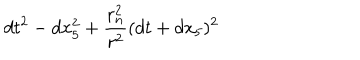
d t ^ { 2 } - d x _ { 5 } ^ { 2 } + { \frac { r _ { n } ^ { 2 } } { r ^ { 2 } } } ( d t + d x _ { 5 } ) ^ { 2 }